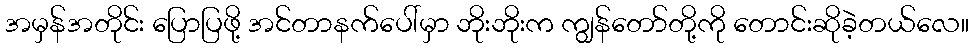
အမှန်အတိုင်း ပြောပြဖို့ အင်တာနက်ပေါ်မှာ ဘိုးဘိုးက ကျွန်တော်တို့ကို တောင်းဆိုခဲ့တယ်လေ။